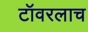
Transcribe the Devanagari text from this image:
टॉवरलाच